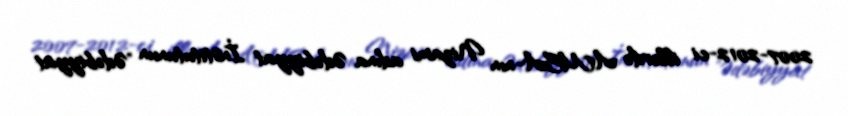
2007-2012-ci illərdə AMEA-nın Nizami adına Ədəbiyyat İnstitutunun "Ədəbiyyat